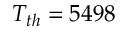
T _ { t h } = 5 4 9 8